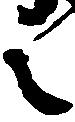
之